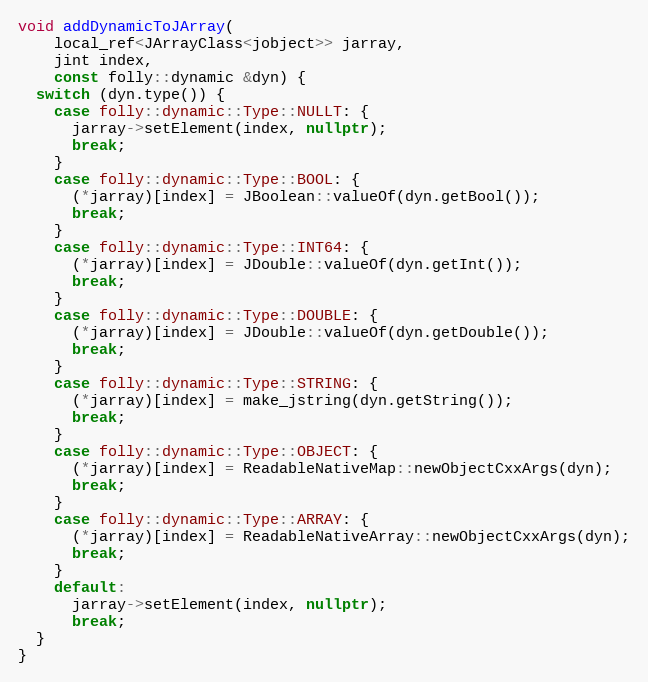
Language: C++
void addDynamicToJArray(
    local_ref<JArrayClass<jobject>> jarray,
    jint index,
    const folly::dynamic &dyn) {
  switch (dyn.type()) {
    case folly::dynamic::Type::NULLT: {
      jarray->setElement(index, nullptr);
      break;
    }
    case folly::dynamic::Type::BOOL: {
      (*jarray)[index] = JBoolean::valueOf(dyn.getBool());
      break;
    }
    case folly::dynamic::Type::INT64: {
      (*jarray)[index] = JDouble::valueOf(dyn.getInt());
      break;
    }
    case folly::dynamic::Type::DOUBLE: {
      (*jarray)[index] = JDouble::valueOf(dyn.getDouble());
      break;
    }
    case folly::dynamic::Type::STRING: {
      (*jarray)[index] = make_jstring(dyn.getString());
      break;
    }
    case folly::dynamic::Type::OBJECT: {
      (*jarray)[index] = ReadableNativeMap::newObjectCxxArgs(dyn);
      break;
    }
    case folly::dynamic::Type::ARRAY: {
      (*jarray)[index] = ReadableNativeArray::newObjectCxxArgs(dyn);
      break;
    }
    default:
      jarray->setElement(index, nullptr);
      break;
  }
}